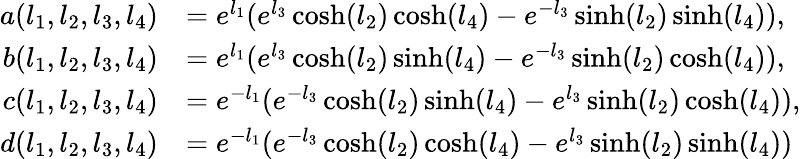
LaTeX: \begin{array}{rl}{a(l_{1},l_{2},l_{3},l_{4})}&{=e^{l_{1}}(e^{l_{3}}\cosh({l_{2}})\cosh({l_{4}})-e^{-l_{3}}\sinh({l_{2}})\sinh({l_{4}})),}\\ {b(l_{1},l_{2},l_{3},l_{4})}&{=e^{l_{1}}(e^{l_{3}}\cosh({l_{2}})\sinh({l_{4}})-e^{-l_{3}}\sinh({l_{2}})\cosh({l_{4}})),}\\ {c(l_{1},l_{2},l_{3},l_{4})}&{=e^{-l_{1}}(e^{-l_{3}}\cosh({l_{2}})\sinh({l_{4}})-e^{l_{3}}\sinh({l_{2}})\cosh({l_{4}})),}\\ {d(l_{1},l_{2},l_{3},l_{4})}&{=e^{-l_{1}}(e^{-l_{3}}\cosh({l_{2}})\cosh({l_{4}})-e^{l_{3}}\sinh({l_{2}})\sinh({l_{4}}))}\end{array}